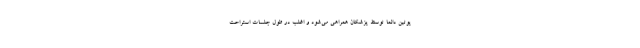
پوتین دائماً توسط پزشکان همراهی می‌شود و اغلب در طول جلسات استراحت